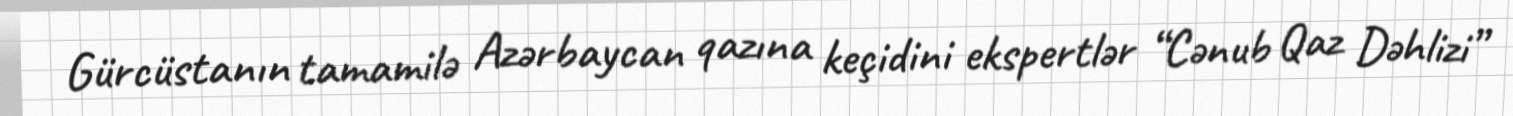
Gürcüstanın tamamilə Azərbaycan qazına keçidini ekspertlər “Cənub Qaz Dəhlizi”